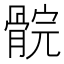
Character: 䯘